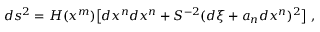
d s ^ { 2 } = H ( x ^ { m } ) \bigl [ d x ^ { n } d x ^ { n } + S ^ { - 2 } ( d \xi + a _ { n } d x ^ { n } ) ^ { 2 } \bigr ] \ ,